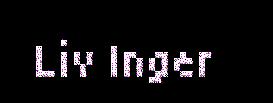
Liv Inger